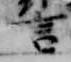
言